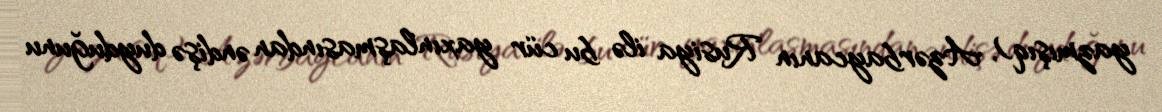
yazmışıq), Azərbaycanın Rusiya ilə bu cür yaxınlaşmasından əndişə duyduğunu